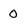
Character: 0